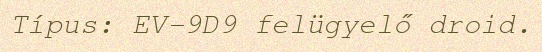
Típus: EV-9D9 felügyelő droid.